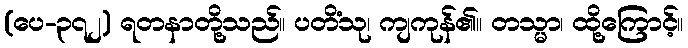
(ပေ-၃၇၂) ရတနာတို့သည်။ ပတိံသု၊ ကျကုန်၏။ တသ္မာ၊ ထို့ကြောင့်။